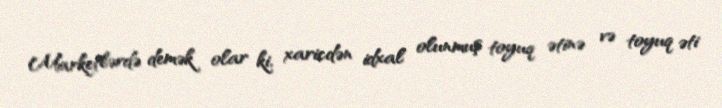
Marketlərdə demək olar ki, xaricdən idxal olunmuş toyuq ətinə və toyuq əti